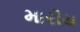
મારીય